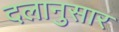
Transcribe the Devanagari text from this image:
दलानुसार